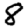
Digit: 8